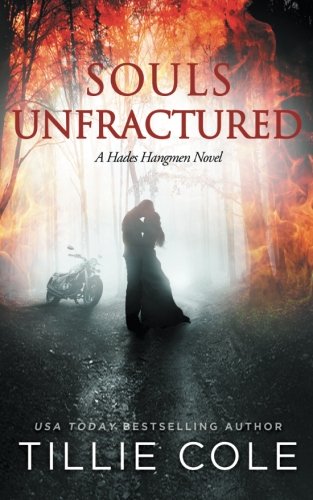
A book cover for Souls Unfractured (Hades Hangmen) (Volume 3); Tillie Cole; Romance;